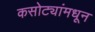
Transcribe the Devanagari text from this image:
कसोट्यांमधून